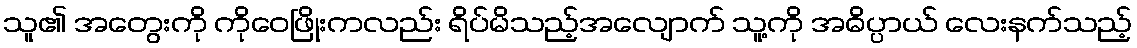
သူ၏ အတွေးကို ကိုဝေဖြိုးကလည်း ရိပ်မိသည့်အလျောက် သူ့ကို အဓိပ္ပာယ် လေးနက်သည့်